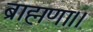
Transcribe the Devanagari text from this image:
ब्राह्मणा।।